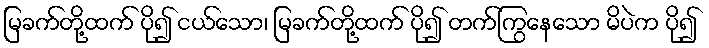
မြခက်တို့ထက် ပို၍ ငယ်သော၊ မြခက်တို့ထက် ပို၍ တက်ကြွနေသော မိပဲက ပို၍